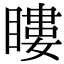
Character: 瞜